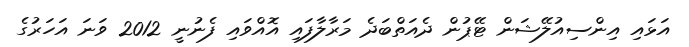
އަޅައި އިންސިއުލޭޝަން ޓޭޕުން ދެއަތްބަދެ މަރާލާފައި އޮއްވައި ފެނުނީ 2012 ވަނަ އަހަރުގެ